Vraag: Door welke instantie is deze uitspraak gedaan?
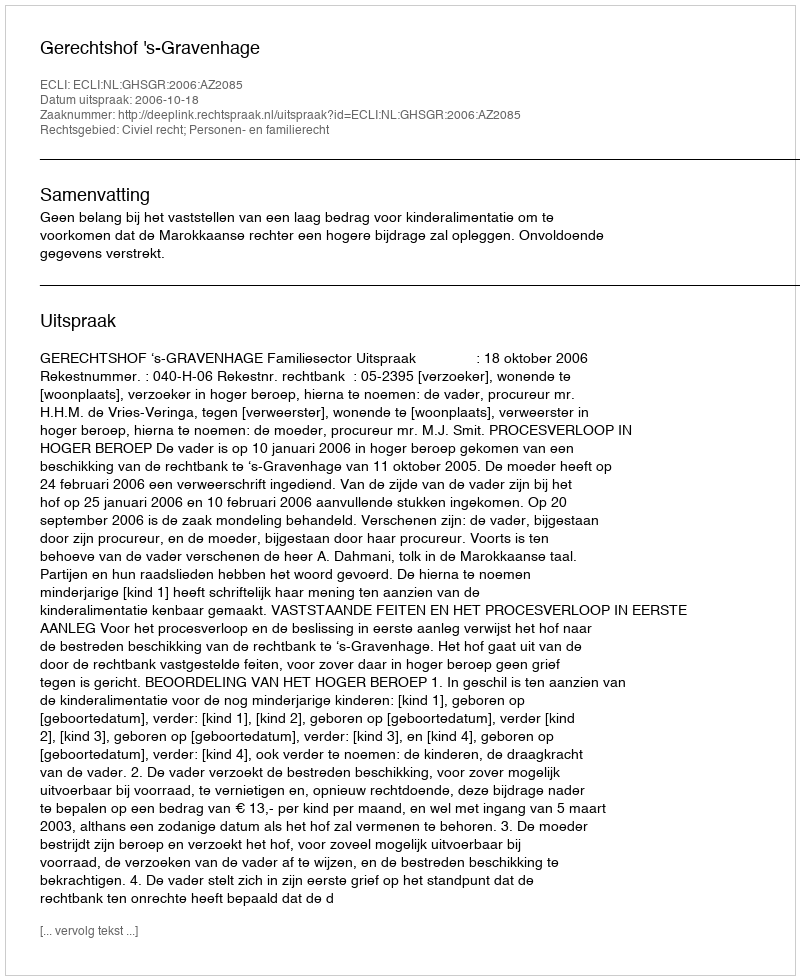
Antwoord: Gerechtshof 's-Gravenhage